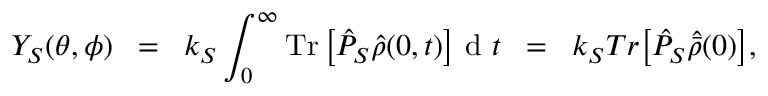
Y _ { S } ( \theta , \phi ) \; \; = \; \; k _ { S } \int _ { 0 } ^ { \infty } \operatorname { T r } \big [ \hat { P } _ { S } \hat { \rho } ( 0 , t ) \big ] { \mathrm { ~ d ~ } } t \; \; = \; \; k _ { S } T r \big [ \hat { P } _ { S } \hat { \Bar { \rho } } ( 0 ) \big ] ,